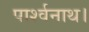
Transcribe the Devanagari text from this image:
पार्श्वनाथ।